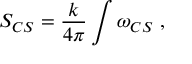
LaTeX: { \cal S } _ { C S } = \frac { k } { 4 \pi } \int \omega _ { C S } ~ ,